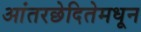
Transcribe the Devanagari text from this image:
आंतरछेदितेमधून